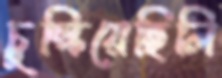
চুল্‌কিয়েছিলি